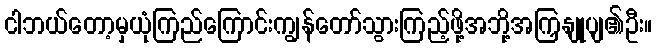
ငါဘယ်တော့မှယုံကြည်ကြောင်းကျွန်တော်သွားကြည့်ဖို့အဘို့အကြှနျုပျ၏ဦး။